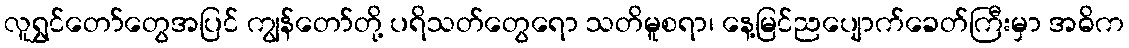
လူရွှင်တော်တွေအပြင် ကျွန်တော်တို့ ပရိသတ်တွေရော သတိမူစရာ၊ နေ့မြင်ညပျောက်ခေတ်ကြီးမှာ အဓိက